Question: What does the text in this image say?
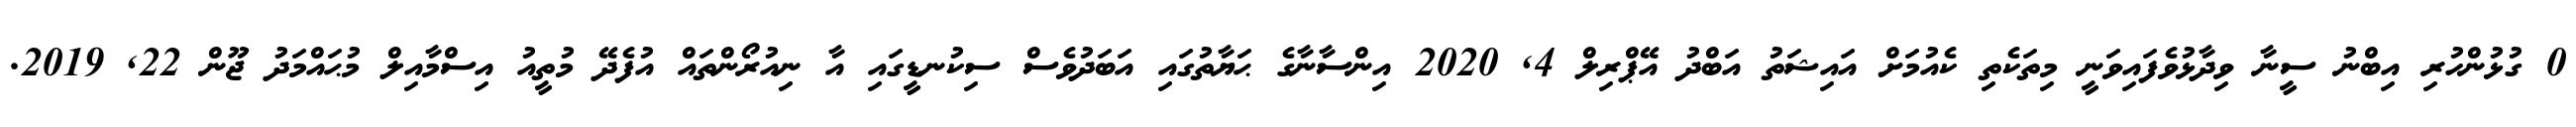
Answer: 0 ގުޅުންހުރި އިބްނު ސީނާ ވިދާޅުވެފައިވަނީ މިތަކެތި ކެއުމަށް އައިޝަތު އަބްދު އޭޕްރިލް 4, 2020 އިންސާނާގެ ޙަޔާތުގައި އަބަދުވެސް ސިކުނޑީގައި އާ ނިއުރޯންތައް އުފެދޭ މުތީއު އިސްމާއިލް މުޙައްމަދު ޖޫން 22, 2019.